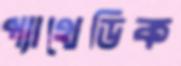
প্যাথেডিক